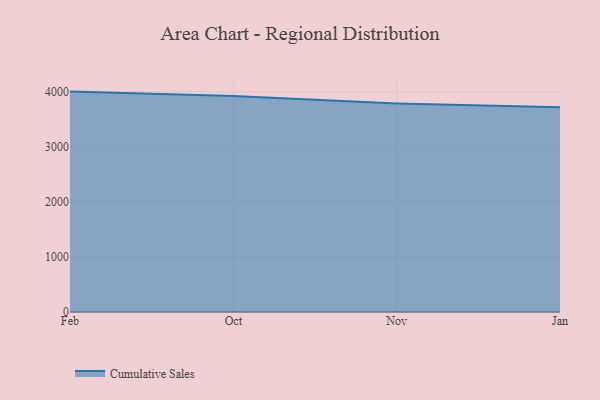
{"axis": {"x": "Month", "y": "Net Income (USD K)"}, "legend": ["Cumulative Sales"], "data": [{"x": "Feb", "y": 4002.6, "type": "Cumulative Sales"}, {"x": "Oct", "y": 3920.9, "type": "Cumulative Sales"}, {"x": "Nov", "y": 3788.7, "type": "Cumulative Sales"}, {"x": "Jan", "y": 3717.6, "type": "Cumulative Sales"}]}